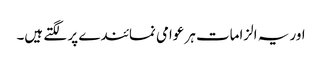
اور یہ الزامات ہر عوامی نمائندے پر لگتے ہیں۔